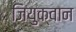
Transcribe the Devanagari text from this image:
जियुक्वान